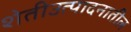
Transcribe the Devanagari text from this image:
शेतीउत्पादनातील